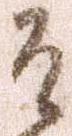
そ